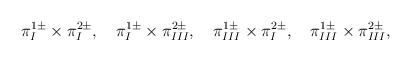
LaTeX: \begin{align*}\pi_I^{1 \pm} \times \pi_I^{2 \pm} , \quad\pi_I^{1 \pm} \times \pi_{III}^{2 \pm} , \quad\pi_{III}^{1 \pm} \times \pi_I^{2 \pm} , \quad\pi_{III}^{1 \pm} \times \pi_{III}^{2 \pm} ,\end{align*}